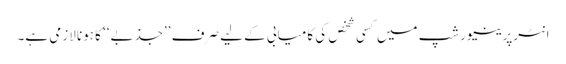
انٹرپرینیورشپ میں کسی شخص کی کامیابی کے لیے صرف ’’جذبے‘‘ کا ہونا لازمی ہے۔